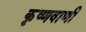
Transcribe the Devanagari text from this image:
कृष्णवाणी